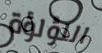
اللؤلؤة